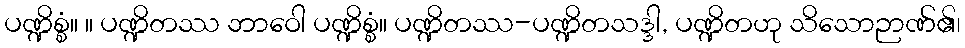
ပဏ္ဍိစ္စံ။ ။ ပဏ္ဍိတဿ ဘာဝေါ ပဏ္ဍိစ္စံ။ ပဏ္ဍိတဿ-ပဏ္ဍိတသဒ္ဒါ, ပဏ္ဍိတဟု သိသောဉာဏ်၏၊